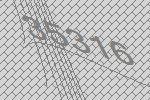
35316